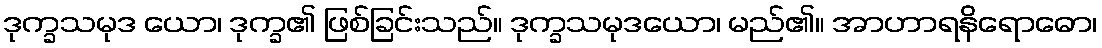
ဒုက္ခသမုဒ ယော၊ ဒုက္ခ၏ ဖြစ်ခြင်းသည်။ ဒုက္ခသမုဒယော၊ မည်၏။ အာဟာရနိရောဓော၊